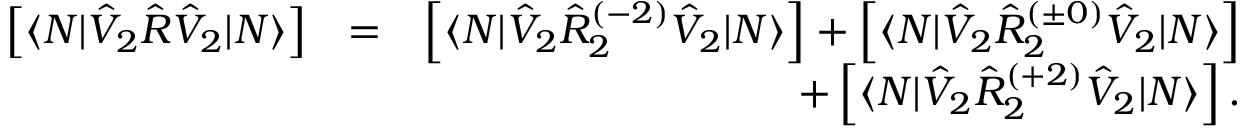
\begin{array} { r l r } { \left[ \langle N | \hat { V } _ { 2 } \hat { R } \hat { V } _ { 2 } | N \rangle \right] } & { = } & { \left[ \langle N | \hat { V } _ { 2 } \hat { R } _ { 2 } ^ { ( - 2 ) } \hat { V } _ { 2 } | N \rangle \right] + \left[ \langle N | \hat { V } _ { 2 } \hat { R } _ { 2 } ^ { ( \pm 0 ) } \hat { V } _ { 2 } | N \rangle \right] } \\ & { } & { + \left[ \langle N | \hat { V } _ { 2 } \hat { R } _ { 2 } ^ { ( + 2 ) } \hat { V } _ { 2 } | N \rangle \right] . } \end{array}